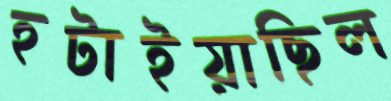
হটাইয়াছিল